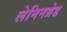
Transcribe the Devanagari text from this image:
लेनिनग्रेड